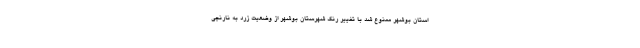
استان بوشهر ممنوع شد با تغییر رنگ شهرستان بوشهر از وضعیت زرد به نارنجی